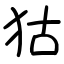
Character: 狜